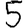
Digit: 5